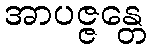
အာပဇ္ဇန္တေ